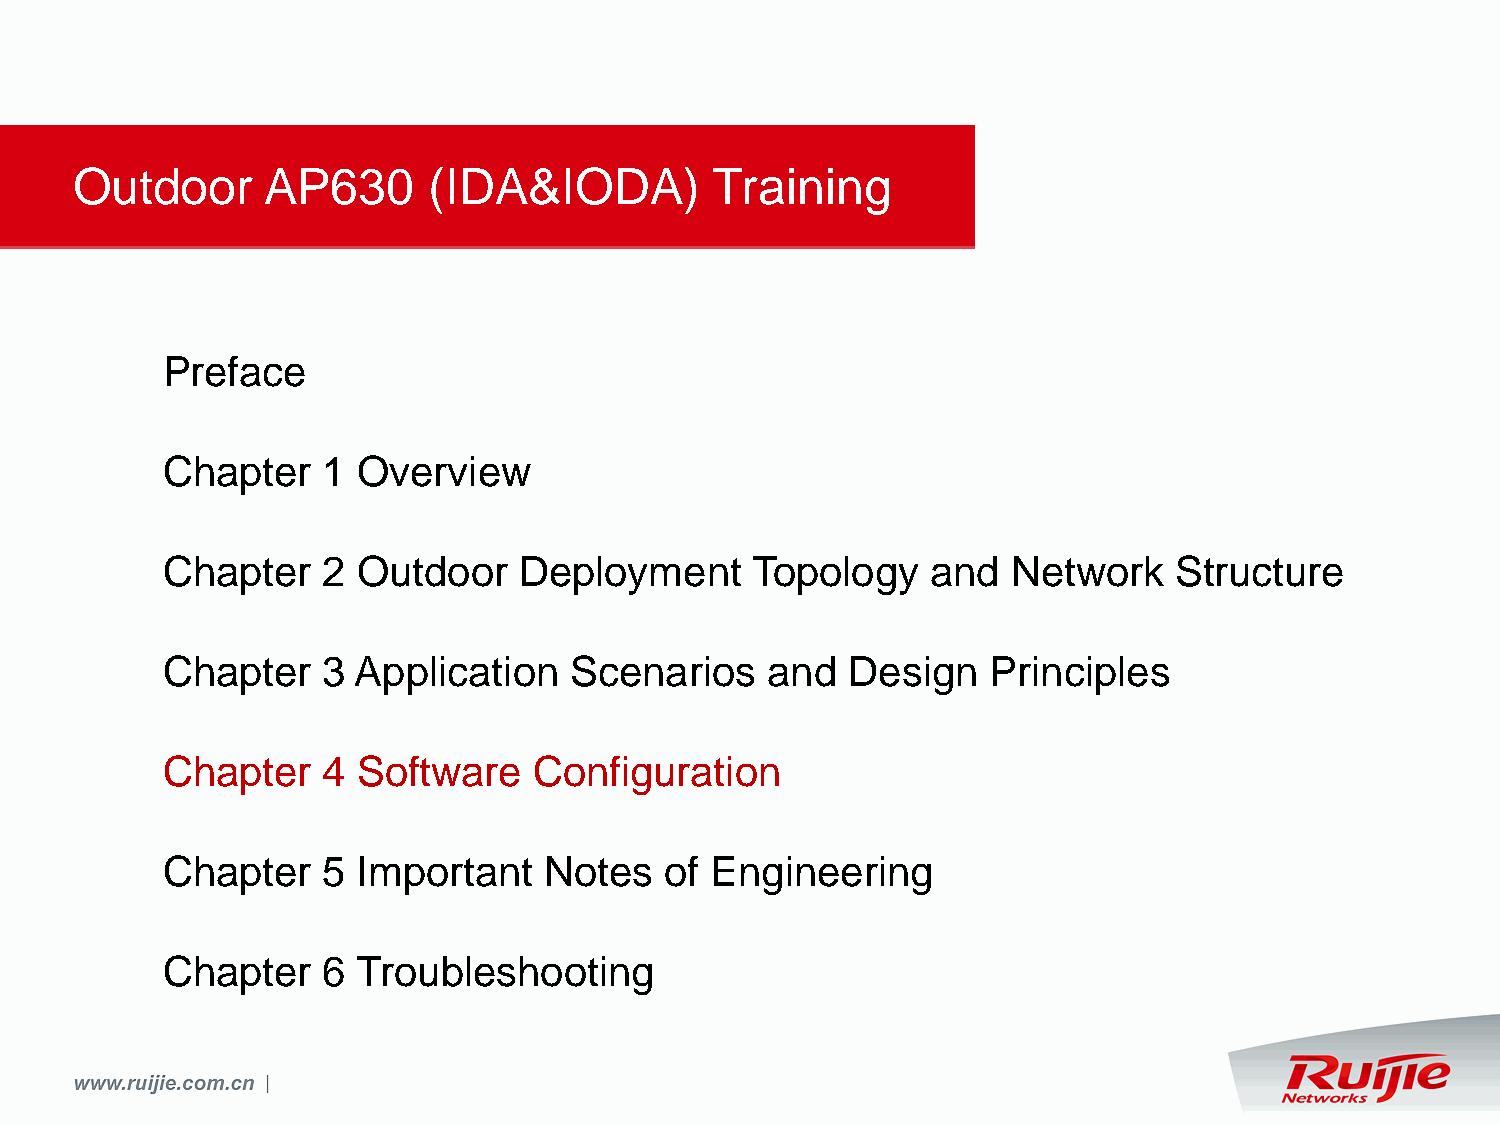
Outdoor      AP630     (IDA&IODA)         Training
 Preface
 Chapter   1  Overview
 Chapter   2  Outdoor   Deployment      Topology    and  Network    Structure
 Chapter   3 Application    Scenarios    and  Design    Principles
 Chapter   4  Software   Configuration
 Chapter   5  Important   Notes   of Engineering
 Chapter   6  Troubleshooting